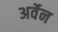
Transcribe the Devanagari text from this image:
अर्वेन